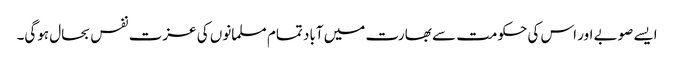
ایسے صوبے اور اس کی حکومت سے بھارت میں آباد تمام مسلمانوں کی عزت نفس بحال ہوگی۔